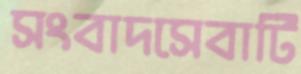
সংবাদসেবাটি